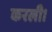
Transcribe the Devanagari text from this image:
करली।